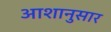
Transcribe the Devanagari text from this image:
आशानुसार